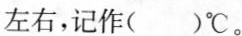
左右，记作( )℃。